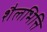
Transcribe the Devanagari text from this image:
शैलभित्ति